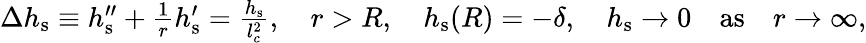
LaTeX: \begin{array}{r}{\Delta h_{\mathrm{s}}\equiv h_{\mathrm{s}}^{\prime\prime}+\frac{1}{r}h_{\mathrm{s}}^{\prime}=\frac{h_{\mathrm{s}}}{l_{c}^{2}},\quad r>R,\quad h_{\mathrm{s}}(R)=-\delta,\quad h_{\mathrm{s}}\rightarrow 0\quad\mathrm{as}\quad r\rightarrow\infty,}\end{array}